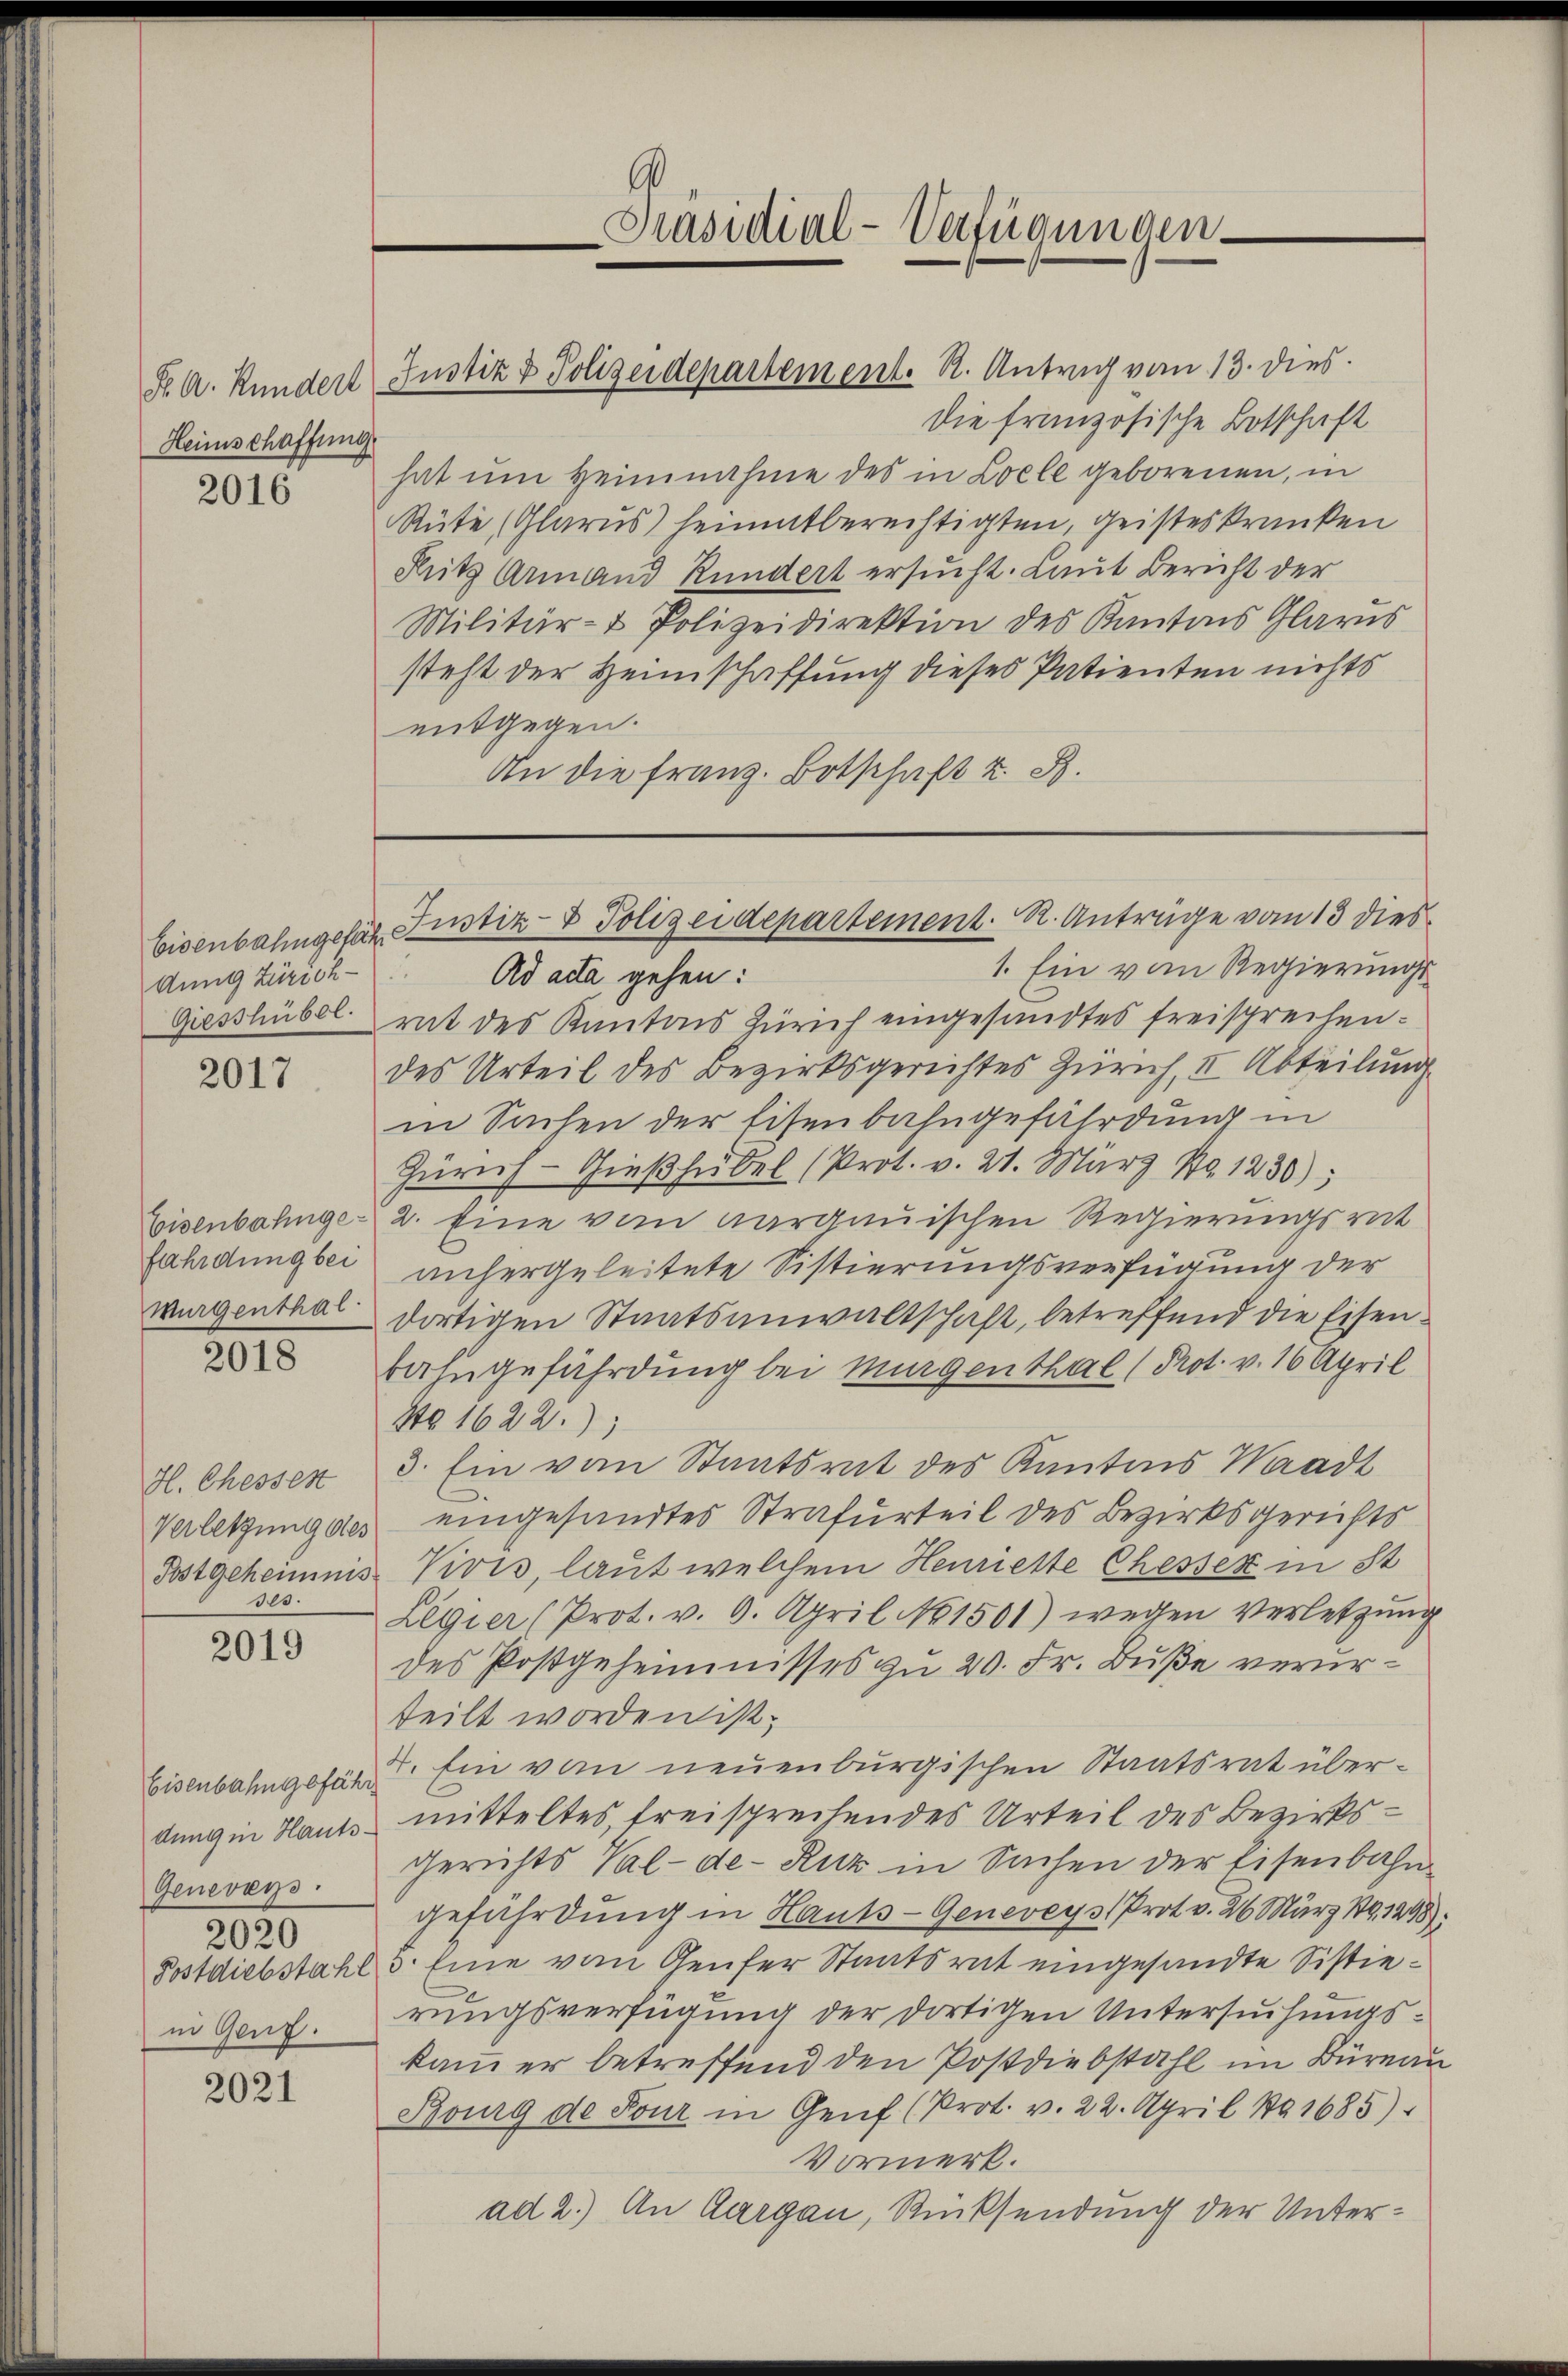
Heimschaffung

2016

Aung Zürich

2017

fährdung bei
wurgenthal

2018

H. Chessen
ses.

2019

Eisenbahngefähr
Genevers
2020
in Genf.

2021

die französische Botschaft
hat um Heinnahme des in Loele geborenen, in
Rüte (Glarus) heimatberechtigten, geisteskranken
Rritz Armand Rundert ersucht. Laut Bericht der
Militär- & Polizeidirektion des Kantons Glarus
steht der Heimschaffung dieses Patienten nichts
entgegen.
An die franz. Botschaft z. B.

Präsidial-Verfügungen

K. A. Kundert Justiz & Polizeidepartement. R. Antrag vom 13. dies

1. Ein vom Regierungs¬
Ad acta gehen:
Giesshübel mit des Kantons Zürich eingesandtes freisprechen.
des Urteil des Bezirksgerichtes Zürich, II. Abteilung
in Sachen der Eisenbahngefährdung in
Zürich-Gießhübel (Prot. v. 21. März No. 1230);
Eisenbahnge: 2. Eine vom Aargauischen Regierungsrat
unhergeleitete Sistierungsverfügung der
dortigen Staatsanwaltschaft, betreffend die Eisenbazugefährdung bei Murgenthal (Prot. v. 16 April
Sto 1622.)
3. Ein vom Staatsrat des Kantons Waadt
Verletzung des eingesandtes Strafurteil des Bezirksgerichts
Postgeheimnis Vivis, laut welchem Henrieste Chesser in St
Legier (Prot. v. 9. April No 1501) wegen Verletzung
des Postgeheimnisses zu 20. Fr. Buße verurteilt worden ist;
2. Ein vom neuenburgischen Staatsrat überdung in Hants mitteltes, freisprechendes Urteil des Bezirks¬
Gerichts Val-de-Ruz in Sachen der Eisenbahngefährdung in Hauts- Geneveys Prot v. 26 März 191298).
Postdiebstahl, 5 Eine vom Genfer Staatsrat eingesandte Sistierungsverfügung der dortigen Untersuchungskam er betreffend den Postdiebstahl im Büreau
Bourg de Four in Genf (Prot. v. 22. April 191685)
Vormerk.
ad 2.) An Aargau, Rücksendung der Unter¬

Eisenbahngeler Justiz- & Polizeidepartement. R. Antrage vom 13 dies